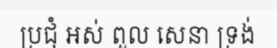
ប្រជុំ អស់ ពួល សេនា ទ្រង់